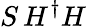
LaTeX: S\, H^{\dagger}H